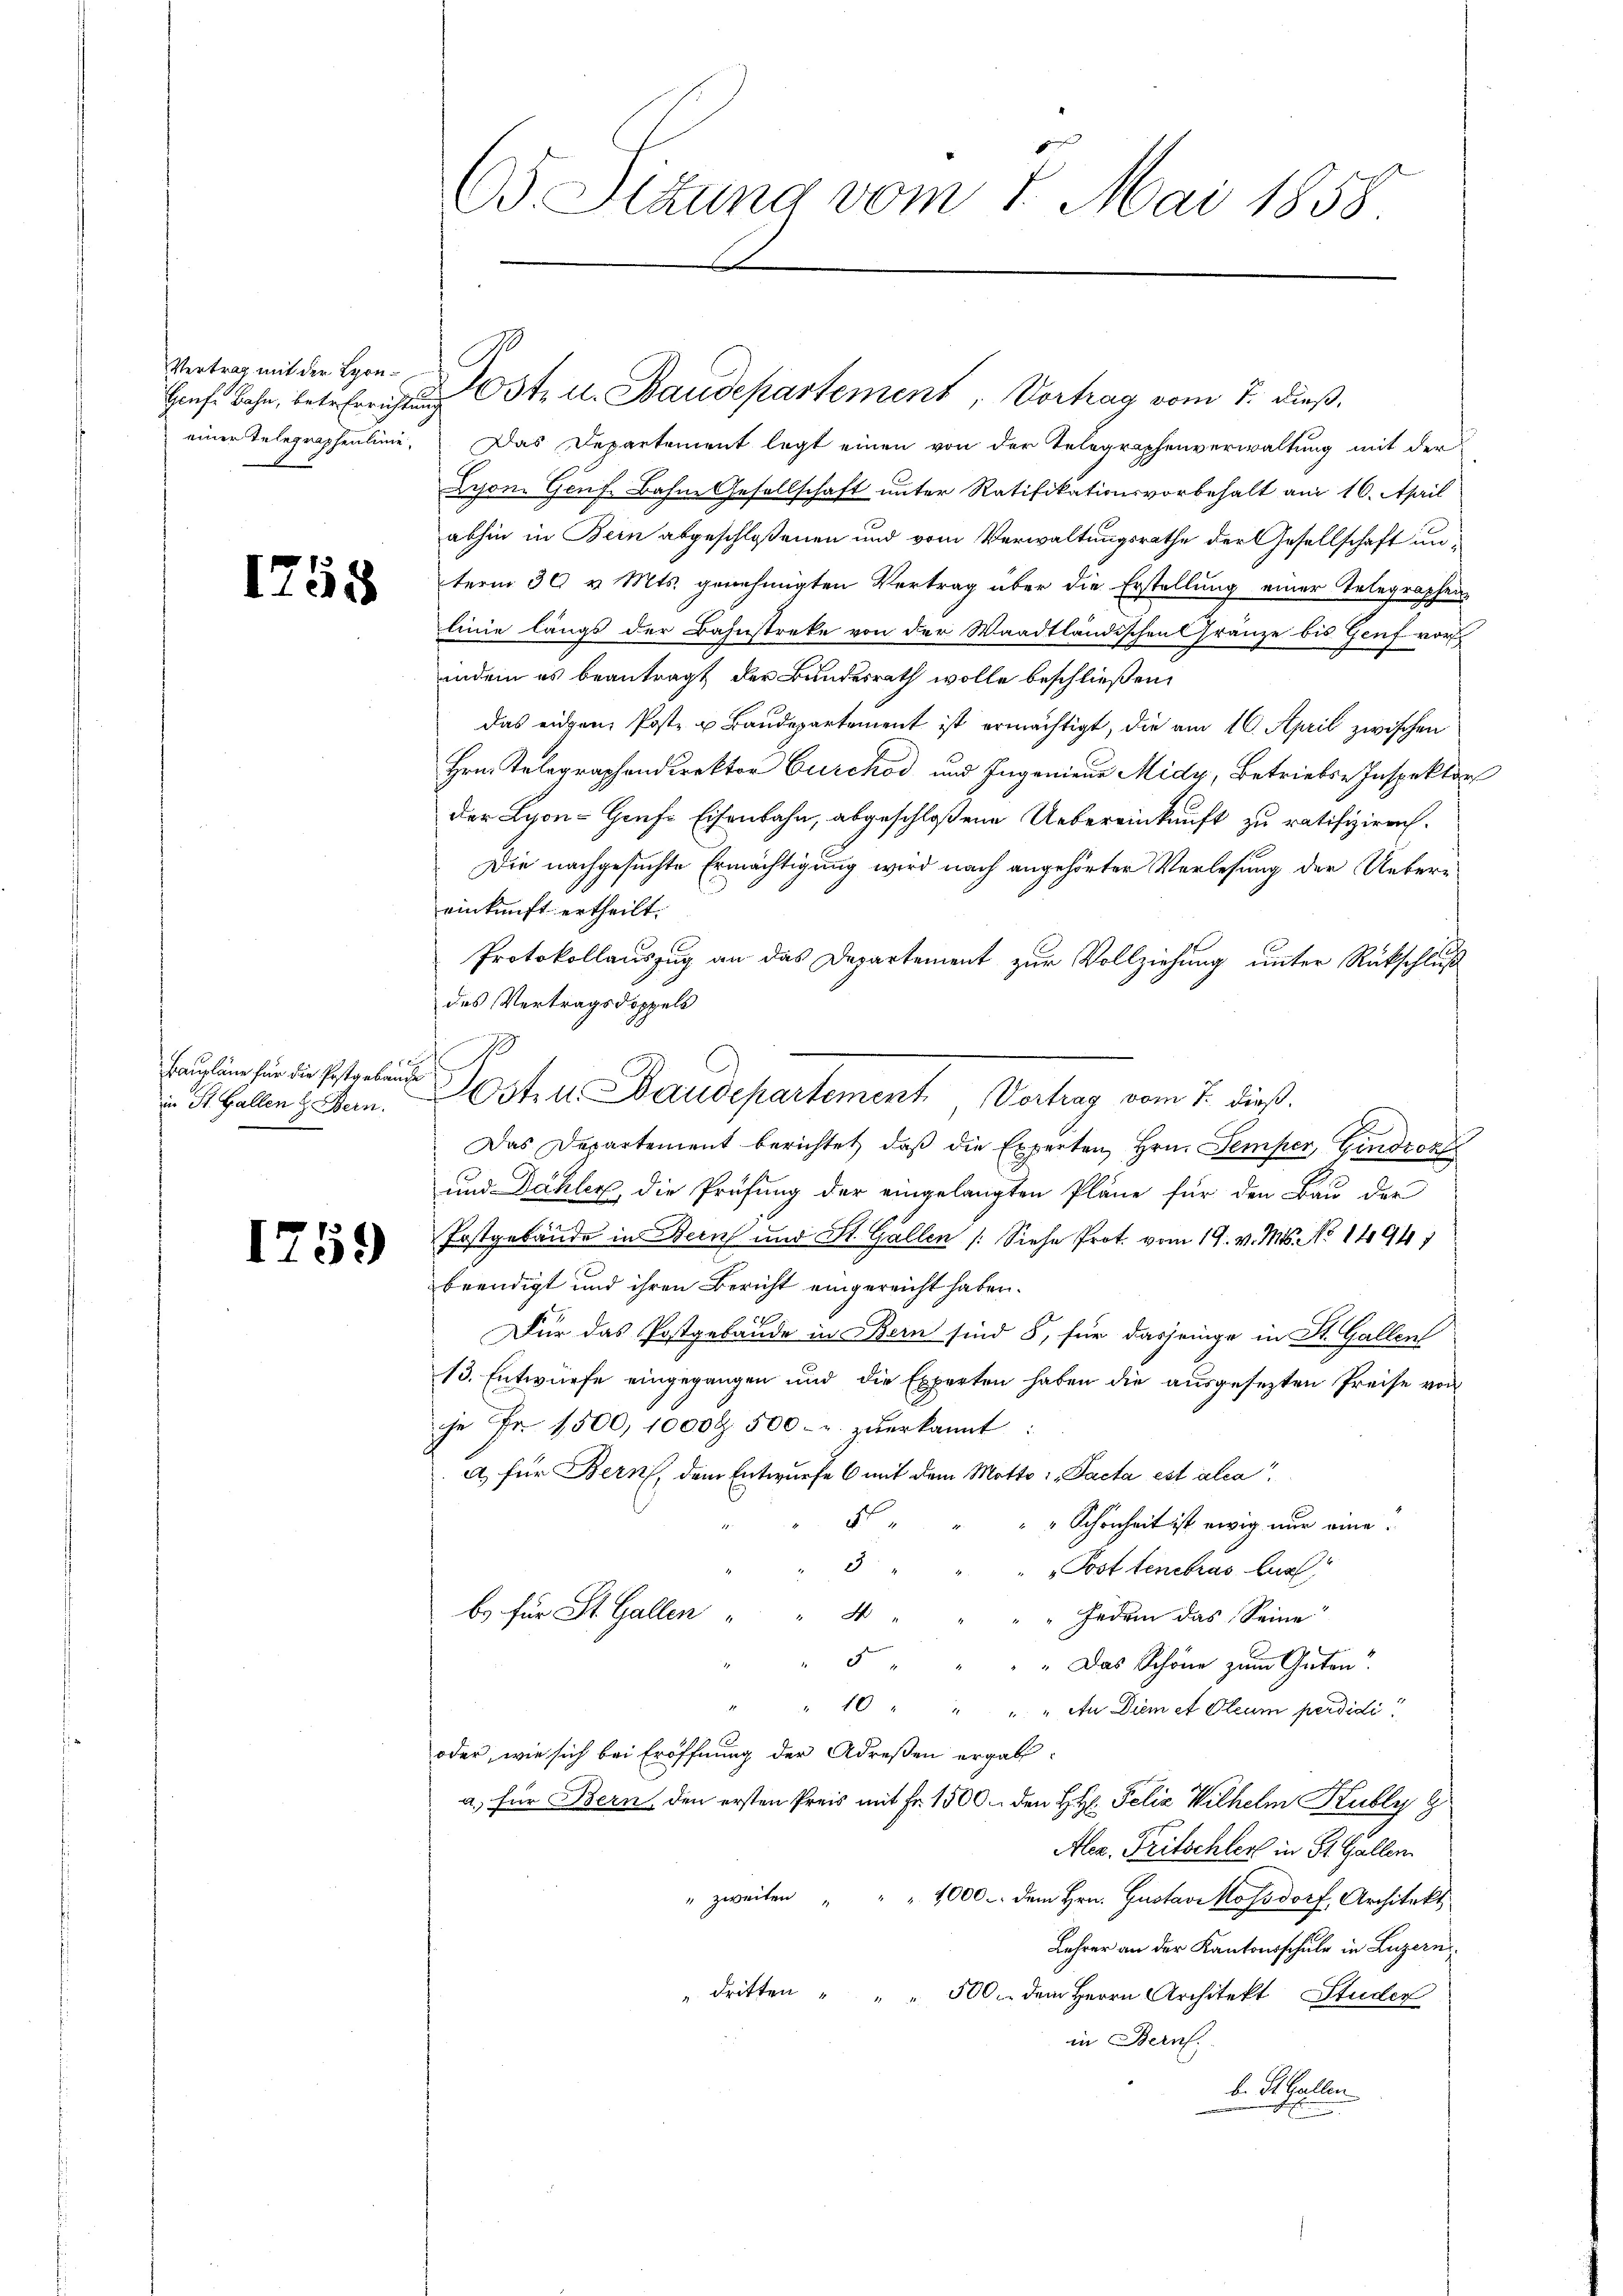
Vertrag mit der Leon¬
Grafe Bahn, betr. Errichtig
einer Telegraphenlinie,

1758

1 f 2
Baupläne für die Postgebäude
in St. Gallen & Bern.

1759

65 Sitzung vom 1. Mai 1858.

Jost u. Baudepartement, Vortrag vom 7. dieß.
Das Departement legt einen von der Telegraphenverwaltung mit der
Lyson. Genf, Bahne Gesellschaft unter Ratifikationsvorbehalt am 16. April
abhin in Bein abgeschloßenen und vom Verwaltungsrathe der Gesellschaft unterm 30 v. Mts. genehmigten Vertrag über die Erstellung einer Telegraphen-
linie längs der Bahnstreke von der Waadtländischen Gränze bis Genf vor
indem es beantragt der Bundesrath wolle beschließen.
das eiden, Poste u Baudepartement ist ermächtigt, die am 16. April zwischen
Hrn. Telegraphendirektor Burckod und Ingenieur Midy, Betriebs-Inspektor
der Lyon-Grufs Eisenbahn, abgeschloßene Uebereinkunft zu ratifiziren.
Die nachgesuchte Ermächtigung wird nach angehörter Verlesung der Uebereinkunft ertheilt.
Protokollauszug an das Departement zur Vollziehung unter Rückschluß
des Vertragsdoppels
p
Ostill Baudepartement Vortrag vom 7. dieß.
Das Departement berichtet, daß die Experten Hrn. Semper, Eindrosse
und Dähler, die Prüfung der eingelangten Pläne für den Bau der
Postgebäude in Bern und St. Gallen (Siehe Prot. vom 19. v. Mts. No 1494
beendigt und ihren Bericht eingereicht haben.
Dur das Postgebäude in Bern sind 8, für dasjenige in St. Gallen
13. Entwurfe eingegangen und die Experten haben die ausgesezten Preise von
je Fr. 1500, 1000 Fr. 500 - u. zŭerkannt:
a) für Bern, dem Entwurfe 6 mit dem Motto i Pacta est alia
A.
" " Schönheit ist ewig nur eine
3
Post tenebras bur
b. für St. Gallen
4
„Jedem das Seine
5
" Das Schöne zum Guten?
10 " " " An Diem et Oleum perdidi
oder, wie sich bei Eröffnung der Adressen ergab
a) für Bern, den ersten Preis mit Fr. 1500. den HH. Felix Wilhelm Kubly 8
Ale. Fritschler in St. Gallen
" zweiten " " 4000. dem Hrn. Gustavikossdorf, Architekt
Lehrer an der Kantonsschule in Luzern
" dritten " " " 500. dem Herrn Architekt, Studen
in Bern.
b. St. Gallen
mnach Ein